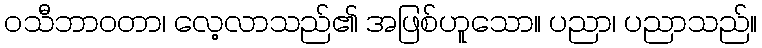
ဝသီဘာဝတာ၊ လေ့လာသည်၏ အဖြစ်ဟူသော။ ပညာ၊ ပညာသည်။